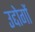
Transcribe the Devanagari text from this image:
उद्दोगों